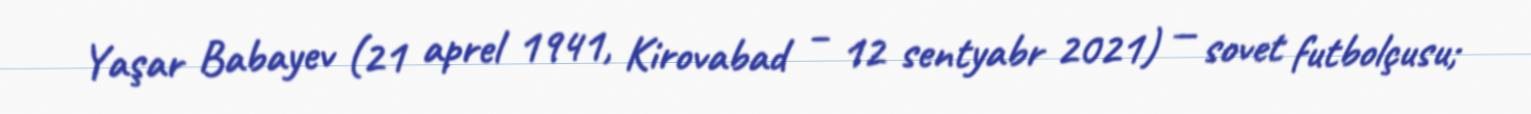
Yaşar Babayev (21 aprel 1941, Kirovabad – 12 sentyabr 2021) — sovet futbolçusu;